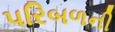
પરિબળની